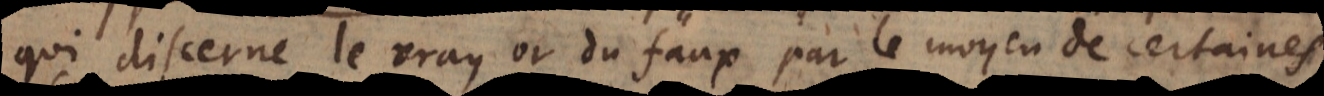
qui discerne le vray or du faux par le moyen de certaines